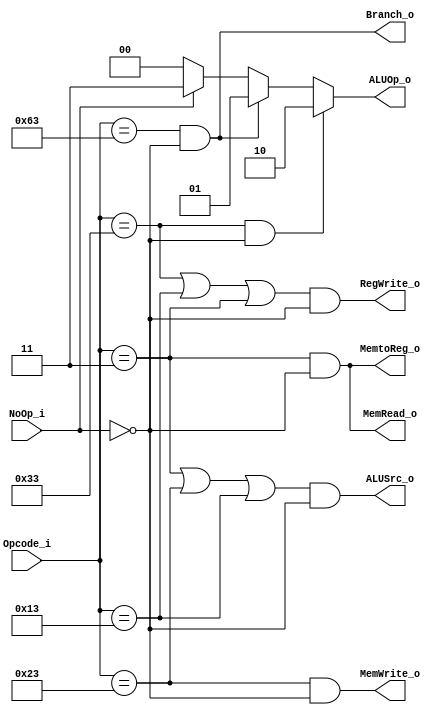
module Control
(
    Opcode_i,
    NoOp_i,
    ALUOp_o,
    ALUSrc_o,
    RegWrite_o,
    MemtoReg_o,
    MemRead_o,
    Branch_o,
    MemWrite_o
);

input [6:0] Opcode_i;
input NoOp_i;
output ALUSrc_o, RegWrite_o, MemtoReg_o, MemRead_o, Branch_o, MemWrite_o;
output [1:0] ALUOp_o;

assign ALUSrc_o = ((Opcode_i == 7'b0000011 || Opcode_i == 7'b0100011 || Opcode_i == 7'b0010011) & ~NoOp_i);
assign RegWrite_o = ((Opcode_i == 7'b0110011 || Opcode_i == 7'b0010011 || Opcode_i == 7'b0000011) & ~NoOp_i);
assign MemtoReg_o = (Opcode_i == 7'b0000011 & ~NoOp_i);
assign Branch_o = (Opcode_i == 7'b1100011 & ~NoOp_i);
assign MemRead_o = (Opcode_i == 7'b0000011 & ~NoOp_i);
assign MemWrite_o = (Opcode_i == 7'b0100011 & ~NoOp_i);
assign ALUOp_o = (Opcode_i == 7'b0110011 & ~NoOp_i) ? 2'b10 :
                 (Opcode_i == 7'b1100011 & ~NoOp_i) ? 2'b01 :
                                          (~NoOp_i) ? 2'b00 : 2'b11;

endmodule